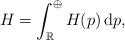
LaTeX: \begin{align*} H = \int^\oplus_\mathbb{R} H(p)\,\mathrm{d}p,\end{align*}